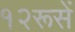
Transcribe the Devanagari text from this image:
१२रूसें